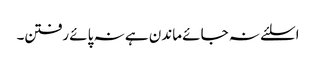
اسلئے نہ جائے ماندن ہے نہ پائے رفتن۔